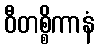
ဝီတစ္စိကာနံ